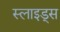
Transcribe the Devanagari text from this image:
स्‍लाइड्स